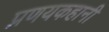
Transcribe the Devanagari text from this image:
प्रणयकहानी